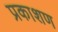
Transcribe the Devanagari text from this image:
प्रकाशण